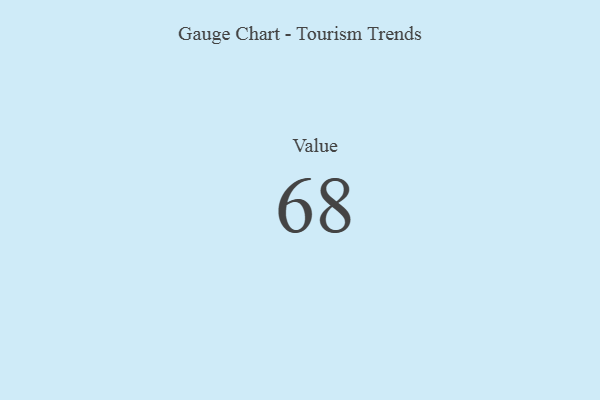
{"axis": {"x": "Metric", "y": "Value"}, "legend": [""], "data": [{"x": "Value", "y": 68, "type": ""}]}